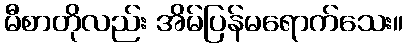
မီစာတိုလည်း အိမ်ပြန်မရောက်သေး။